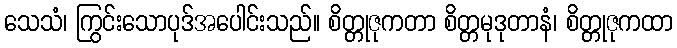
သေသံ၊ ကြွင်းသောပုဒ်အပေါင်းသည်။ စိတ္တုဇုကတာ စိတ္တမုဒုတာနံ၊ စိတ္တုဇုကထာ